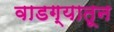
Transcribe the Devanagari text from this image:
वाडग्यातून